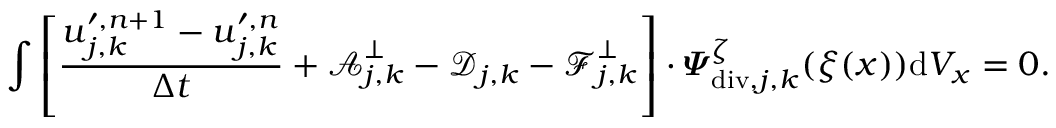
\begin{array} { r } { \displaystyle \int \left[ \frac { \boldsymbol { u } _ { j , \boldsymbol { k } } ^ { \prime , n + 1 } - \boldsymbol { u } _ { j , \boldsymbol { k } } ^ { \prime , n } } { \Delta t } + \boldsymbol { \mathcal { A } } _ { j , \boldsymbol { k } } ^ { \bot } - \boldsymbol { \mathcal { D } } _ { j , \boldsymbol { k } } - \boldsymbol { \mathcal { F } } _ { j , \boldsymbol { k } } ^ { \bot } \right] \cdot \boldsymbol { \varPsi } _ { \mathrm { d i v } , j , \boldsymbol { k } } ^ { \zeta } ( \boldsymbol { \xi } ( \boldsymbol { x } ) ) \mathrm { d } V _ { x } = 0 . } \end{array}